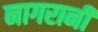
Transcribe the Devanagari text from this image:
नागरानी